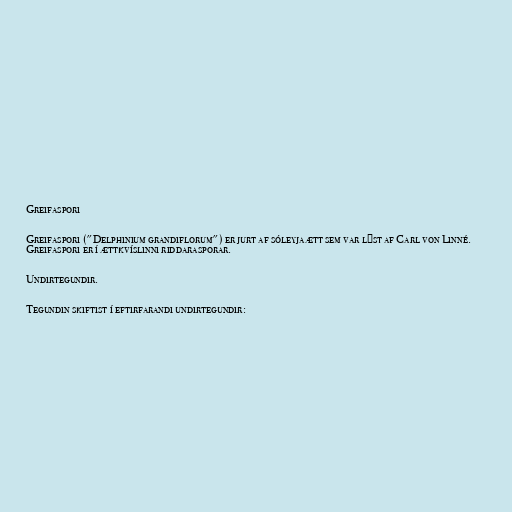
Greifaspori

Greifaspori ("Delphinium grandiflorum") er jurt af sóleyjaætt sem var lýst af Carl von Linné.
Greifaspori er í ættkvíslinni riddarasporar.

Undirtegundir.

Tegundin skiftist í eftirfarandi undirtegundir: